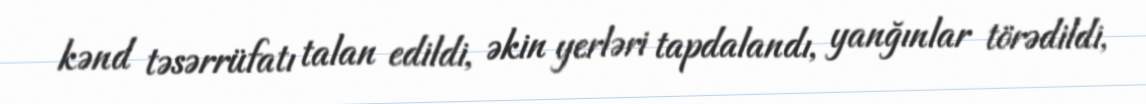
kənd təsərrüfatı talan edildi, əkin yerləri tapdalandı, yanğınlar törədildi,